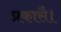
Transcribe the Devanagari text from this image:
प्रकासै।